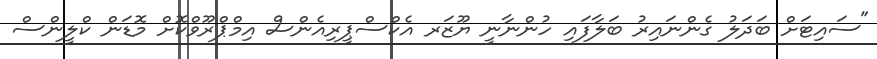
"ސައިޓަށް ބަދަލު ގެންނައިރު ބަލާފައި ހުންނާނީ ޔޫޒަރ އެކްސްޕީރިއެންސް އިމްޕްރޫވްކޮށް މޮޑަން ކްލީންސް